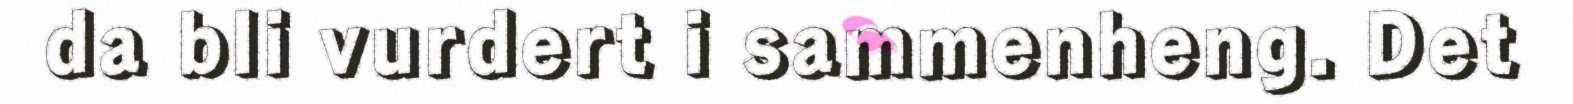
da bli vurdert i sammenheng. Det